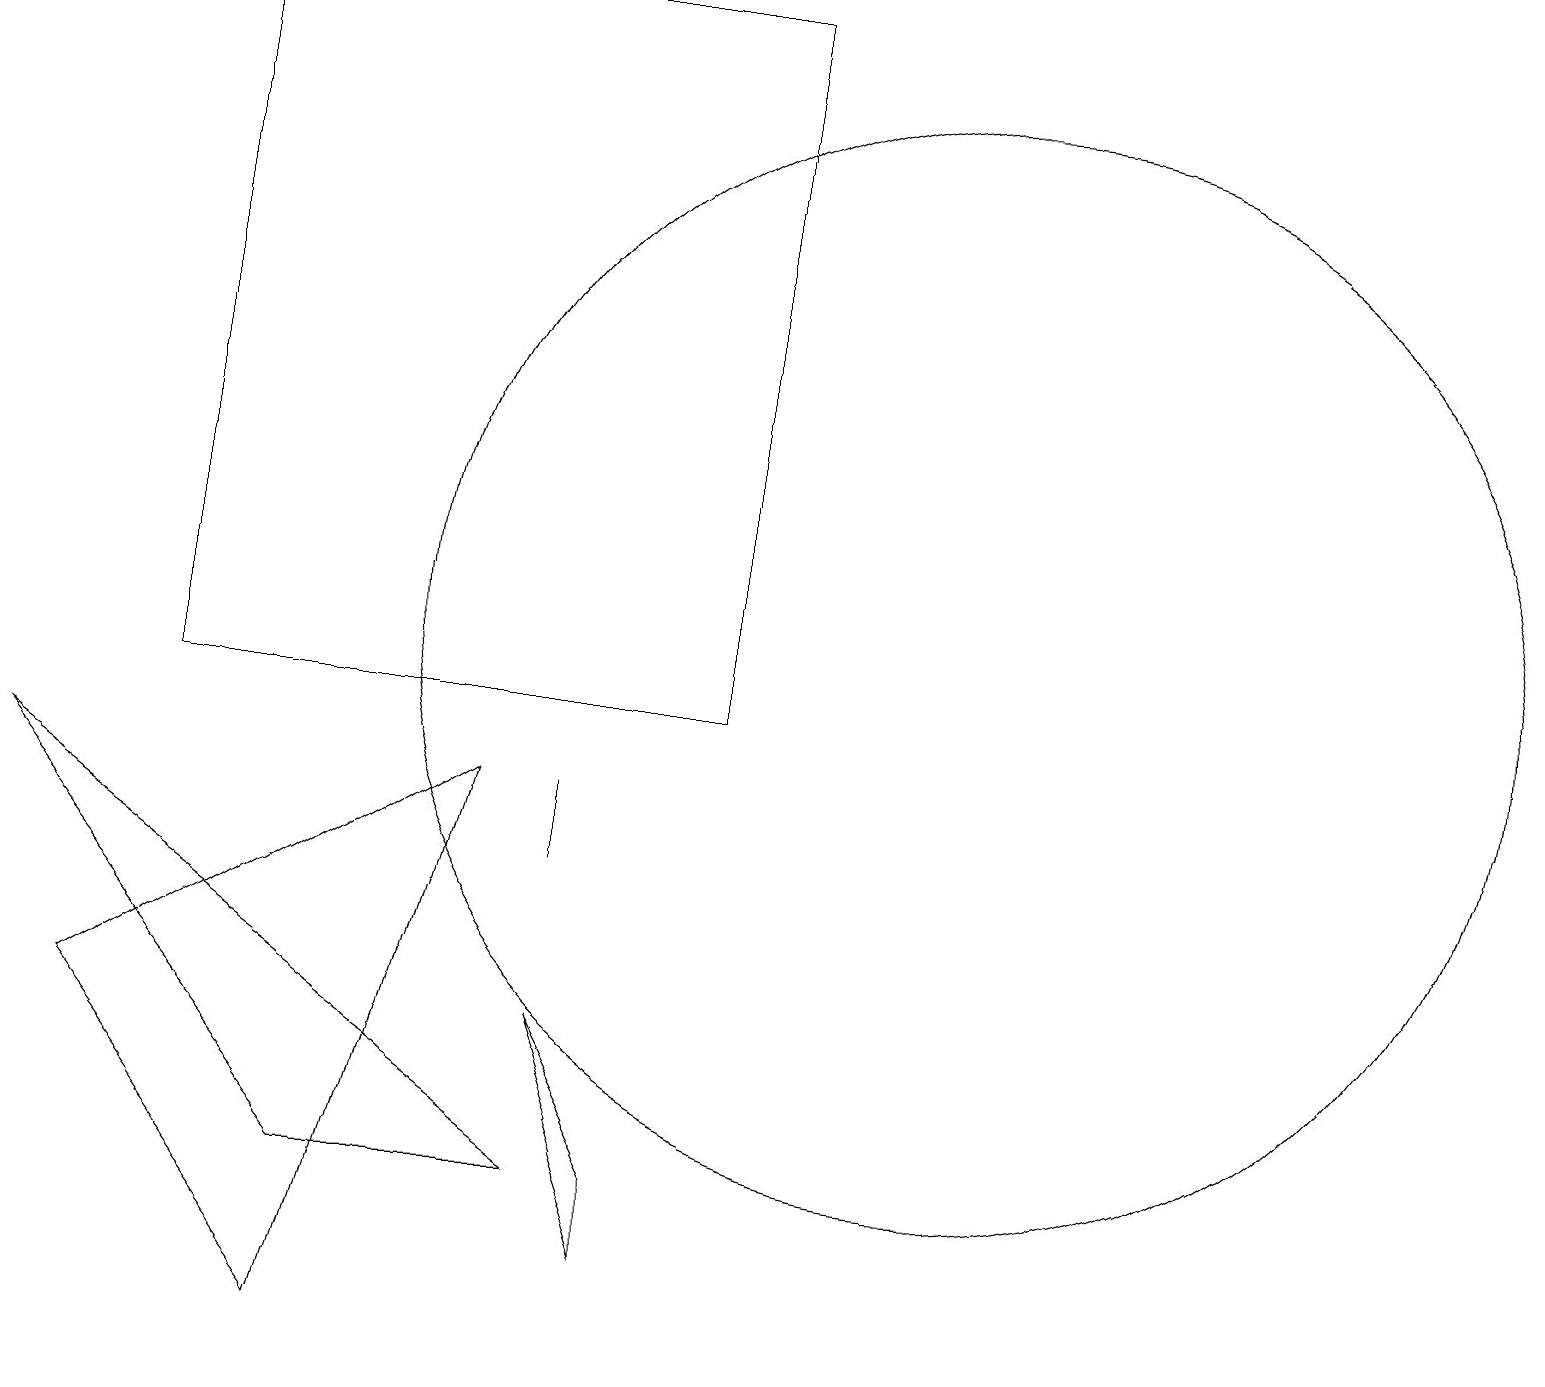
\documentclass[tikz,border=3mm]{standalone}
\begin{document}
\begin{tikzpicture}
\draw (7,6) -- (8,3) -- (8,4) -- cycle;
\draw (12,11) circle (7);
\draw (1,6) -- (4,2) -- (6,9) -- cycle;
\draw (7,8) -- (7,9) -- (7,9) -- cycle;
\draw (2,10) rectangle (9,19);
\draw (0,9) -- (4,4) -- (7,4) -- cycle;
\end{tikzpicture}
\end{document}